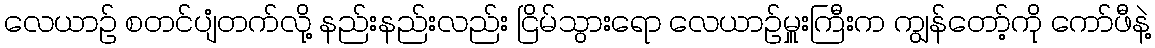
လေယာဉ် စတင်ပျံတက်လို့ နည်းနည်းလည်း ငြိမ်သွားရော လေယာဉ်မှူးကြီးက ကျွန်တော့်ကို ကော်ဖီနဲ့